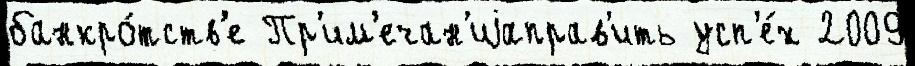
банкро́тств'е Пр'им'ечан'иjаправ'ить усп'е́х 2009